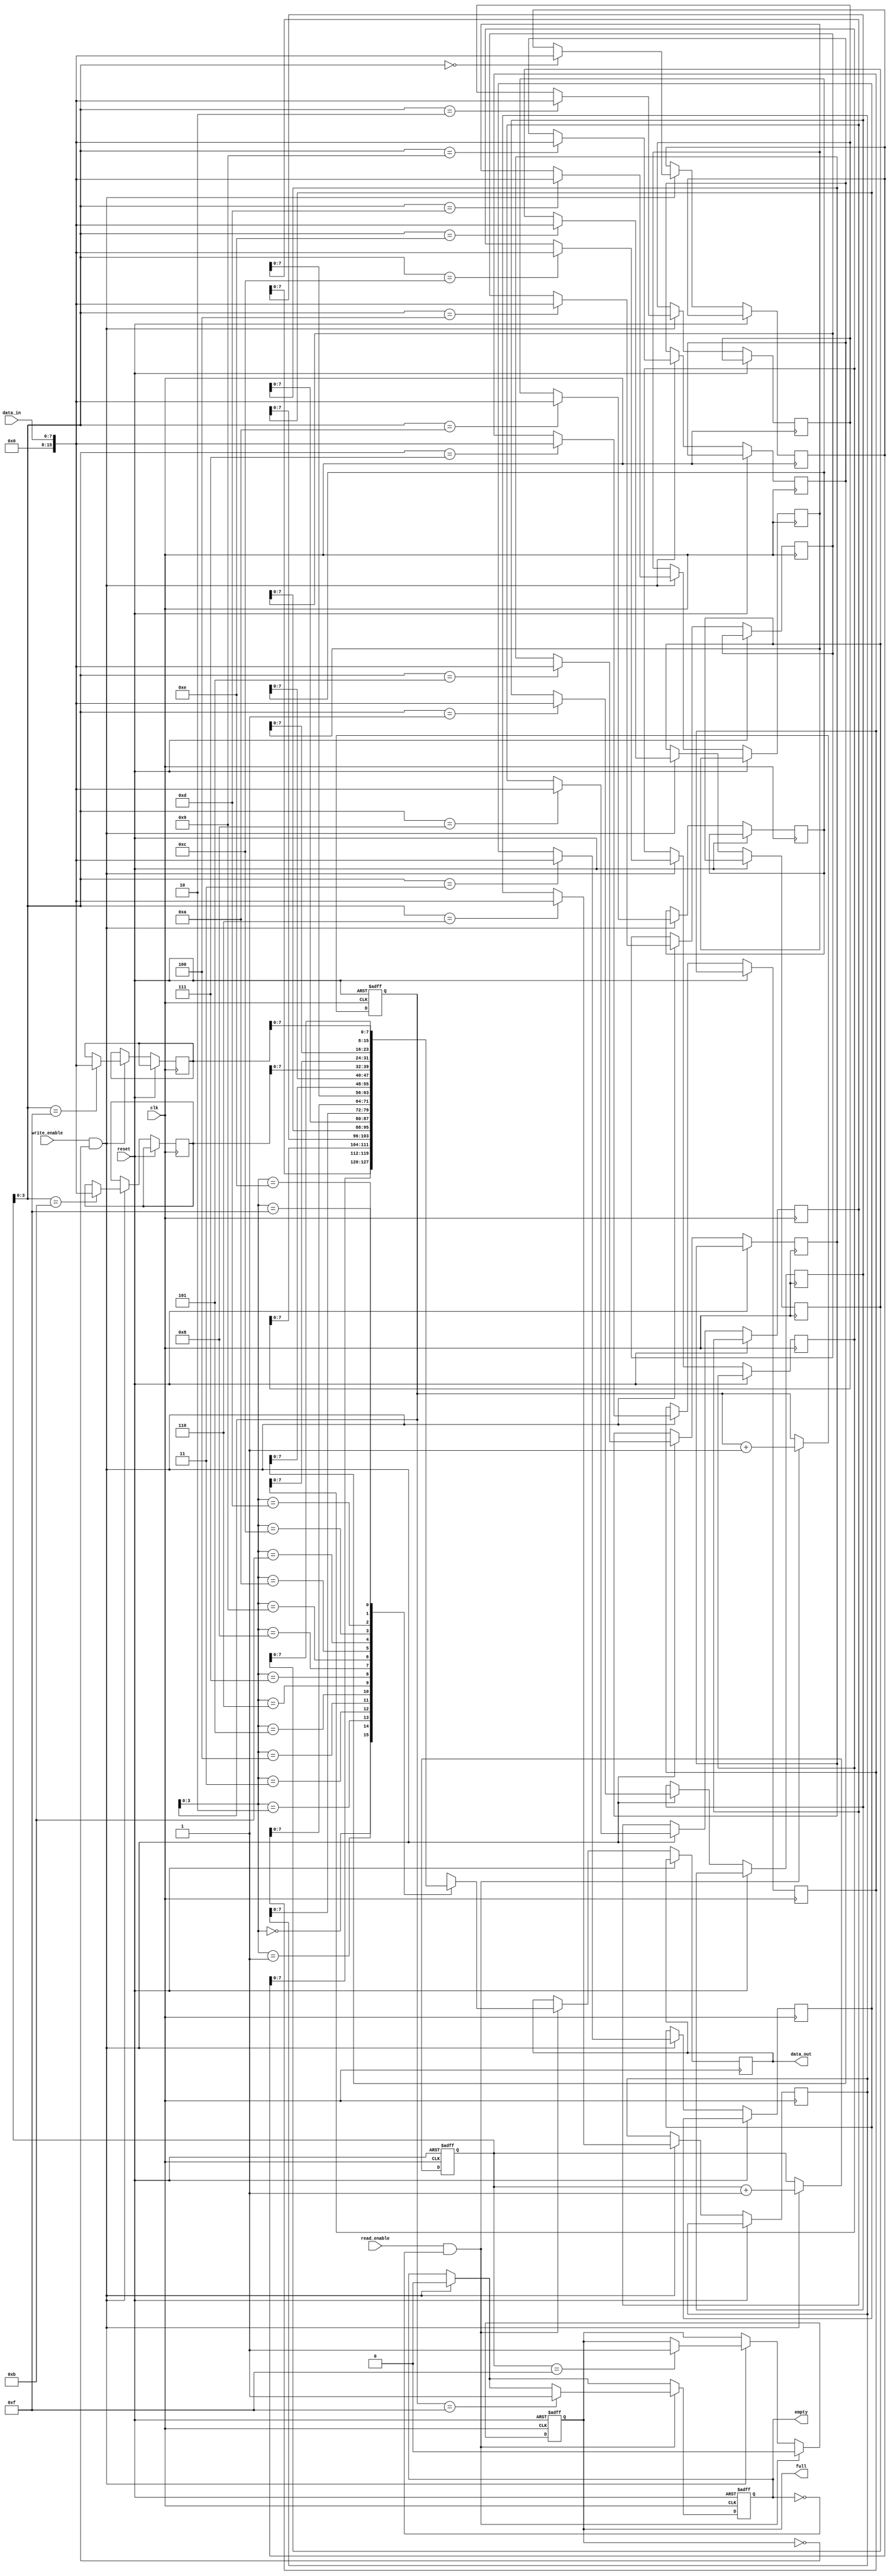
module synchronous_fifo (
    input wire clk,
    input wire reset,
    input wire write_enable,
    input wire read_enable,
    input wire [DATA_WIDTH-1:0] data_in,
    output reg [DATA_WIDTH-1:0] data_out,
    output reg full,
    output reg empty
);

parameter DEPTH = 16; // Depth of the FIFO buffer
parameter DATA_WIDTH = 8; // Width of the data bus

reg [DEPTH-1:0] mem [0:DEPTH-1];
reg [DEPTH-1:0] write_pointer;
reg [DEPTH-1:0] read_pointer;

always @(posedge clk or posedge reset) begin
    if (reset) begin
        write_pointer <= 0;
        read_pointer <= 0;
        full <= 0;
        empty <= 1;
    end else begin
        if (write_enable && !full) begin
            mem[write_pointer] <= data_in;
            write_pointer <= write_pointer + 1;
            if (write_pointer == DEPTH-1) begin
                full <= 1;
            end
            empty <= 0;
        end
        if (read_enable && !empty) begin
            data_out <= mem[read_pointer];
            read_pointer <= read_pointer + 1;
            if (read_pointer == DEPTH-1) begin
                empty <= 1;
            end
            full <= 0;
        end
    end
end

endmodule